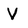
Character: V